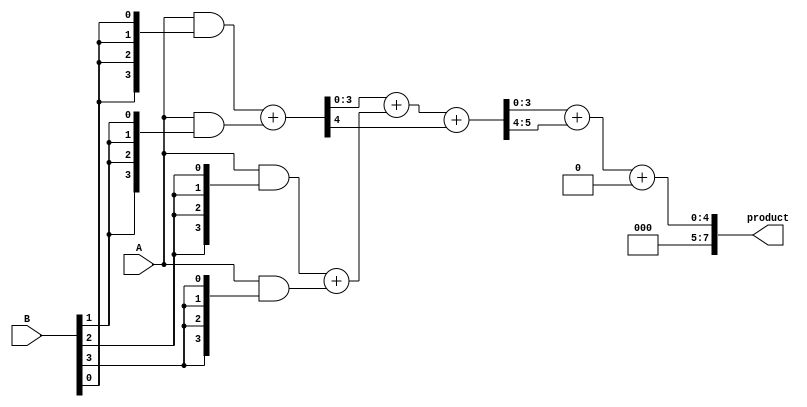
module async_wallace_tree_multiplier #(parameter N = 4) (
    input [N-1:0] A,
    input [N-1:0] B,
    output reg [2*N-1:0] product
);

    // Partial Product Generation
    wire [N-1:0] pp[N-1:0]; // Partial products
    genvar i, j;
    generate
        for (i = 0; i < N; i = i + 1) begin : pp_gen
            assign pp[i] = A & {N{B[i]}}; // AND operation for partial product
        end
    endgenerate

    // Wallace Tree Reduction
    wire [N-1:0] sum1[N-1:0];
    wire [N-1:0] carry1[N-1:0];
    wire [N-1:0] sum2[N/2-1:0];
    wire [N/2-1:0] carry2[N/2-1:0];

    // First stage of reduction using Carry-Save Adders (CSA)
    generate
        for (i = 0; i < N/2; i = i + 1) begin : wallace_stage1
            assign {carry1[i], sum1[i]} = pp[i*2] + pp[i*2+1]; // CSA for pairs
        end
    endgenerate

    // Second stage of reduction
    generate
        for (i = 0; i < (N/2 + 1)/2; i = i + 1) begin : wallace_stage2
            assign {carry2[i], sum2[i]} = sum1[i*2] + sum1[i*2+1] + carry1[i*2]; // CSA for pairs
        end
    endgenerate

    // Final addition stage
    wire [N:0] final_sum;
    wire carry_out;

    assign final_sum = sum2[0] + carry2[0] + (N % 2 == 1 ? sum1[N-1] : 0); // Handle odd number of inputs
    assign carry_out = final_sum[N];

    // Output the final product
    always @(*) begin
        product = {carry_out, final_sum[N-1:0]};
    end

endmodule